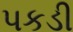
પકડી